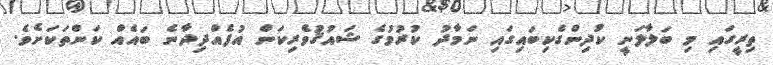
ތިރީގައި މި ބަލާލަނީ ކުދިންގެކިބައިގައި ނަމާދު ކުރުމުގެ ޝައުޤުވެރިކަން އުފެއްދިދާނެ ބައެއް ކަންތަކަށެވެ.